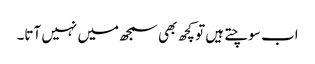
اب سوچتے ہیں تو کچھ بھی سمجھ میں نہیں آتا۔